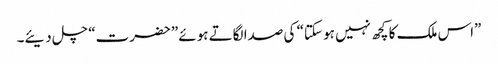
”اس ملک کا کچھ نہیں ہو سکتا“ کی صدا لگاتے ہوئے ”حضرت“ چل دیئے۔